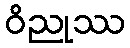
ဝိညုဿ